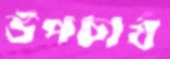
উপচার্য